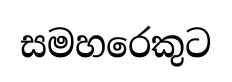
සමහරෙකුට